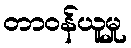
တာဝန်ယူမှု